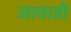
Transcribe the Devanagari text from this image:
जावाडी